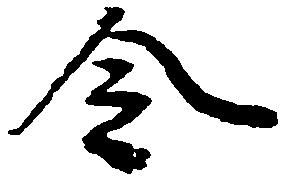
令